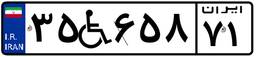
۸۲W۶۶۹۶۲